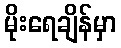
မိုးရေချိန်မှာ